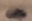
Text: -